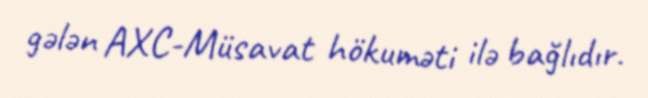
gələn AXC-Müsavat hökuməti ilə bağlıdır.